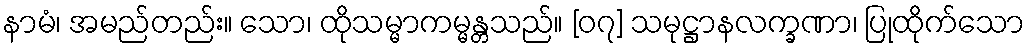
နာမံ၊ အမည်တည်း။ သော၊ ထိုသမ္မာကမ္မန္တသည်။ [၀၇] သမုဋ္ဌာနလက္ခဏာ၊ ပြုထိုက်သော